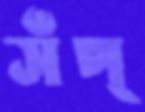
সঁপ্‌